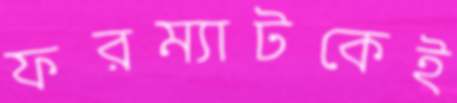
ফরম্যাটকেই